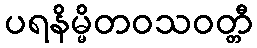
ပရနိမ္မိတဝသဝတ္တီ